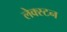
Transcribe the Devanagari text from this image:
लेक्स्टन